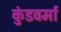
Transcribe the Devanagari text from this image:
कुंडवर्मा